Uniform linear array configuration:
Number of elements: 48
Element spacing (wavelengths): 0.5
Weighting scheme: hamming
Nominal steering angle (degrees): -45
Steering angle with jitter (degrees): -46.111
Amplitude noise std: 0.05
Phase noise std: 0.05

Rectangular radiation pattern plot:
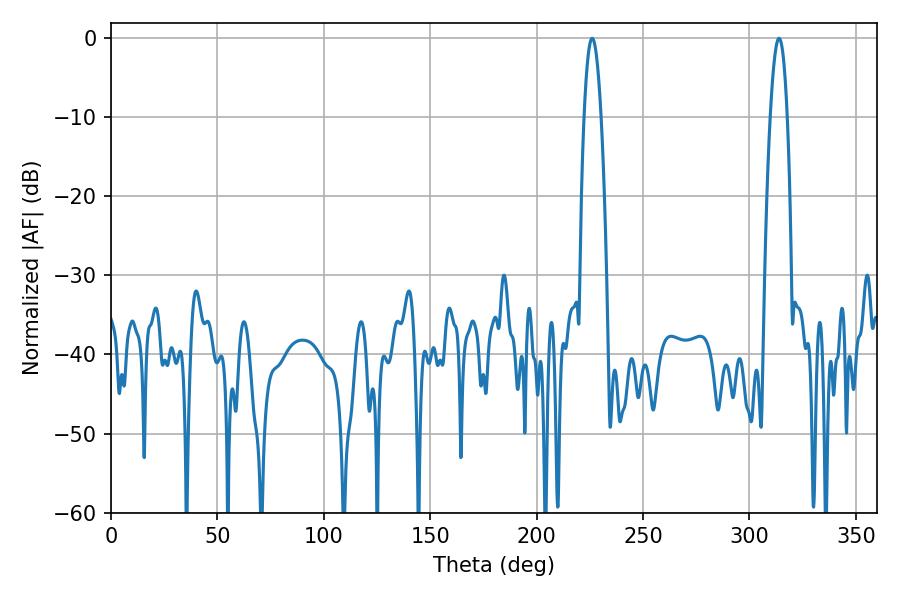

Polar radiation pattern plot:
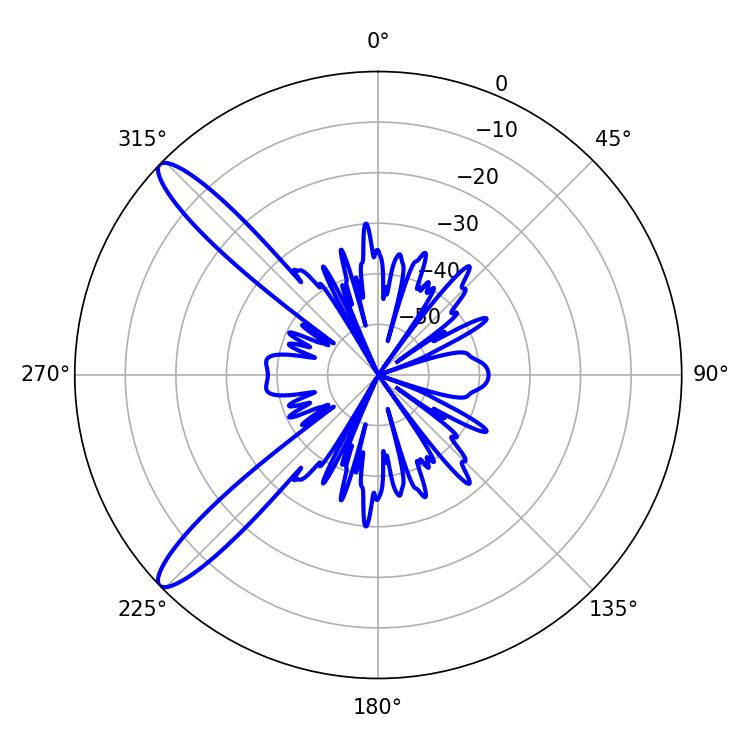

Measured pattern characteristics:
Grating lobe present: FALSE
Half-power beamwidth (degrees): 4.5
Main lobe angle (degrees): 226.08